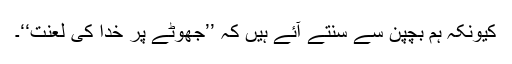
کیونکہ ہم بچپن سے سنتے آئے ہیں کہ ’’جھوٹے پر خدا کی لعنت‘‘۔